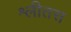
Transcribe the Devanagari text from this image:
श्लीतस